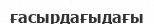
ғасырдағыдағы